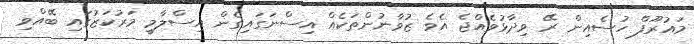
މައުރޫފް ހުސެއިން ރޭ ވިދާޅުވެއްޖެ އެވެ ޒުވާނުންތަކެއް އިސްނަގައިގެން އިސްލާމީ މަރުކަޒުގައި ބޭއްވި